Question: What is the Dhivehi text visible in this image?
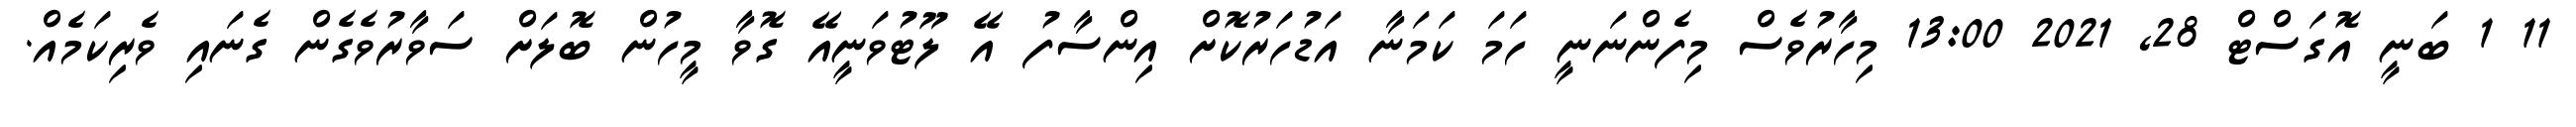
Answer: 11 1 ބަނީ އޮގަސްޓް 28, 2021 13:00 މިހާރުވެސް މިފެންނަނީ ހަމަ ކަމަނާ އަޑުހަރުކޮށް އިންސާފު އޭ ލޫޓުވަނީއޭ ގޮވާ މީހުން ބޮލަށް ސަވާރުވެގެން ގެނައި ވެރިކަމެއް.